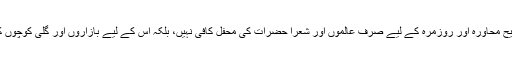
تب کسی نے کہا کہ ’’صحیح محاورہ اور روزمرہ کے لیے صرف عالموں اور شعرا حضرات کی محفل کافی نہیں، بلکہ اس کے لیے بازاروں اور گلی کوچوں کی سیر بھی ضروری ہے۔